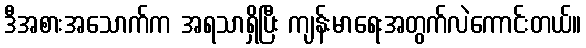
ဒီအစားအသောက်က အရသာရှိပြီး ကျန်းမာရေးအတွက်လဲကောင်းတယ်။